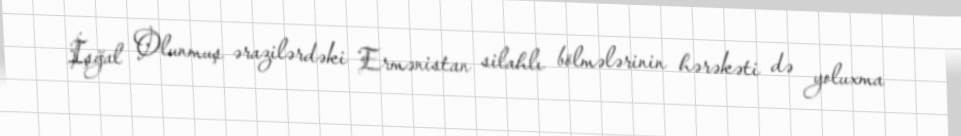
İşğal Olunmuş ərazilərdəki Ermənistan silahlı bölmələrinin hərəkəti də yoluxma